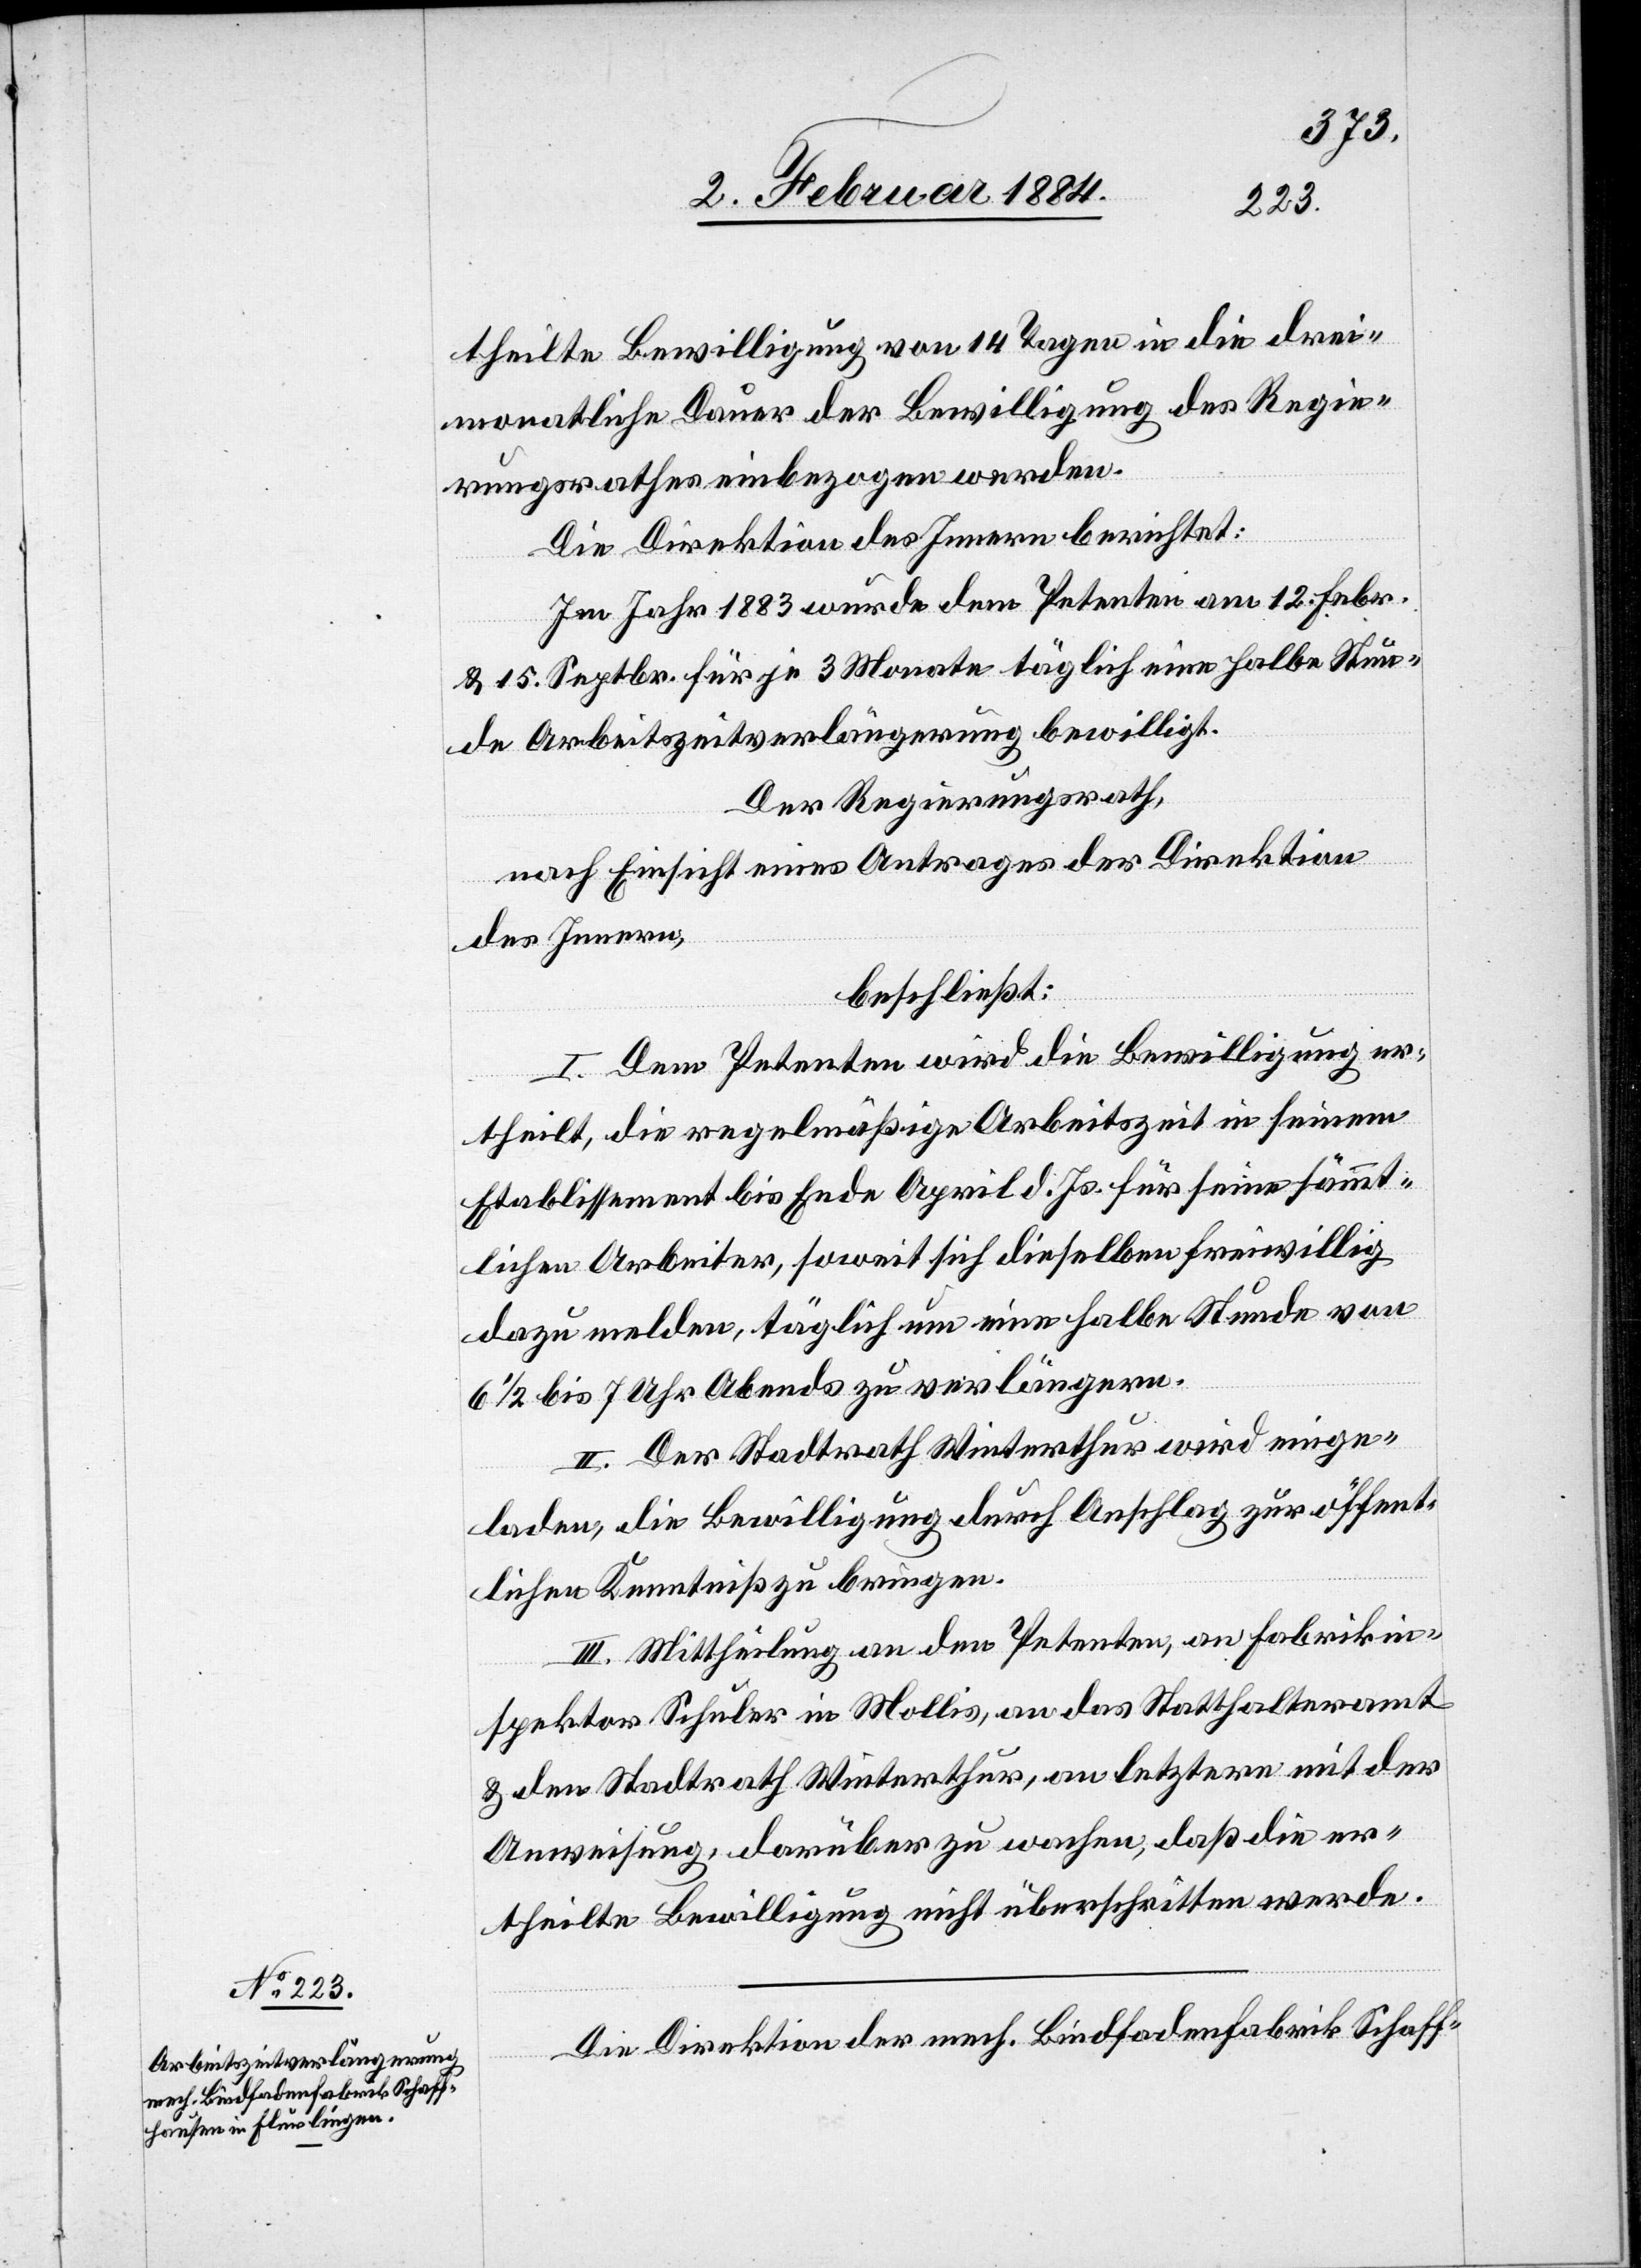
theilte Bewilligung von 14 Tagen in die drei¬
monatliche Dauer der Bewilligung des Regie¬
rungsrathes einbezogen werden.
Die Direktion des Innern berichtet:
Im Jahr 1883 wurde dem Petenten am 12. Febr.
& 15. Septbr. für je 3 Monate täglich eine halbe Stun¬
de Arbeitszeitverlängerung bewilligt.
Der Regierungsrath,
nach Einsicht eines Antrages de Direktion
des Innern,
beschließt:
I. Dem Petenten wird die Bewilligung er¬
theilt, die regelmäßige Arbeitszeit in seinem
Etablissement bis Ende April d. Js. für seine sämt¬
lichen Arbeiter, soweit sich dieselben freiwillig
dazu melden, täglich um eine halbe Stunde von
6 1/2 bis 7 Uhr Abends zu verlängern.
II. Der Stadtrath Winterthur wird einge¬
laden, die Bewilligung durch Anschlag zur öffent¬
lichen Kenntniß zu bringen.
III. Mittheilung an den Petenten, an Fabrikin¬
spektor Schuler in Mollis, an das Statthalteramt
& den Stadtrath Winterthur, an letztere mit der
Anweisung, darüber zu wachen, daß die er¬
theilte Bewilligung nicht überschritten werde.
Die Direktion der mech. Bindfadenfabrik Schaff-